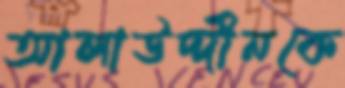
আলাউদ্দীনকে